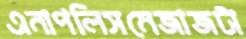
এনাপলিসমেজাজটা